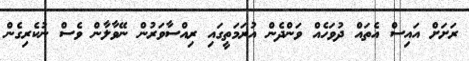
ރަށަށް އައިސް އެތައް ދުވަހެއް ވަންދެން އުރަމަތީގައި ރިއްސާވަރުން ނޭވާލާން ވެސް ނުކެރިގެން